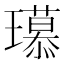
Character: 𤪶